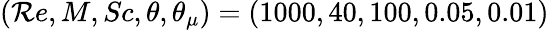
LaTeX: (\mathcal{R}e,M,Sc,\theta,\theta_{\mu})=(1000,40,100,0.05,0.01)